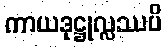
ကာယဒုဋ္ဌုလ္လဿပိ